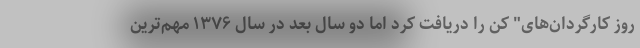
روز کارگردان‌های" کن را دریافت کرد اما دو سال بعد در سال ۱۳۷۶ مهم‌ترین